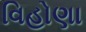
વિહોણા